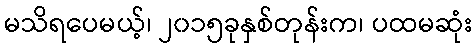
မသိရပေမယ့်၊ ၂၀၁၅ခုနှစ်တုန်းက၊ ပထမဆုံး